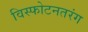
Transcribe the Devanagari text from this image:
विस्फोटनतरंग